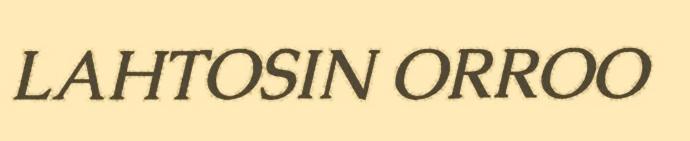
LAHTOSIN ORROO